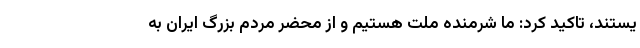
یستند، تاکید کرد: ما شرمنده ملت هستیم و از محضر مردم بزرگ ایران به